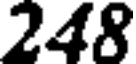
248